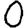
Digit: 0